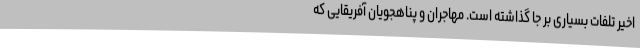
اخیر تلفات بسیاری بر جا گذاشته است. مهاجران و پناهجویان آفریقایی که